Report on sanitation, dispensaries, and jails in Rajputana for 1912, and on vaccination for the year 1912-1913 - 1912-1913
Year: 1912
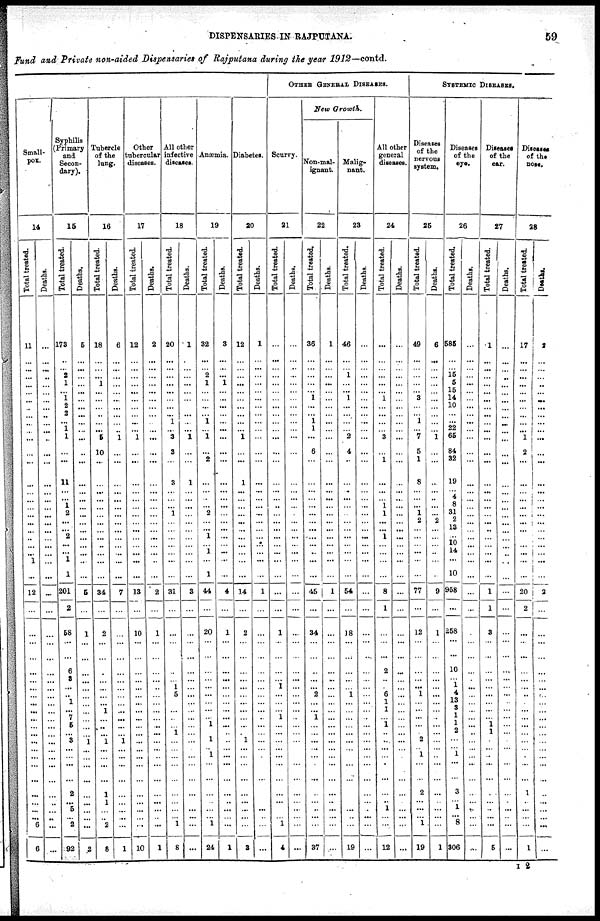
DISPENSARIES IN RAJPUTANA.
59
Fund and Private non-aided Dispensaries of Rajputana during the year 1912—contd.
Small-
pox.
14
Total treated.
11
...
...
...
...
...
...
...
...
...
...
...
...
...
...
...
...
...
...
...
...
..
...
...
1
...
12
...
...
...
...
...
...
...
...
...
...
...
...
...
...
... ...
...
...
...
...
...
...
6
6
Deaths.
...
...
...
..
...
...
...
...
..
...
...
...
...
...
...
...
...
...
...
...
...
...
...
...
...
...
...
...
...
...
...
...
...
...
...
...
...
...
...
...
...
...
...
...
...
...
..
...
...
...
...
Syphilis
(Primary
and
Secon-
dary).
15
Total treated.
178
...
... 2
1
1
...
... 2
...
1
1
...
...
11
...
...
1
2
...
...
2
...
...
1
1
201
2
58
...
...
6
3 ...
...
1
...
7
5
...
3
...
...
...
...
2
...
5
...
2
92
Deaths.
5
...
...
...
...
...
...
...
...
...
...
...
..
...
...
...
...
...
...
...
...
...
...
...
...
...
5
...
1
...
...
...
...
...
...
...
...
...
...
...
1
...
...
...
...
...
...
...
...
...
2
Tubercle
of the
lung.
16
Total treated.
18
...
...
...
1
...
...
...
...
...
...
5
10
...
...
...
...
...
...
...
...
...
..
...
...
...
34
...
2
...
...
...
... ...
...
...
1
...
...
...
1
...
...
...
...
1
1
...
...
2
8
Deaths.
6
...
...
...
...
...
..
...
...
...
..
1
...
...
...
...
...
...
...
...
...
...
...
...
...
...
7
...
...
...
...
...
...
...
...
...
...
...
...
...
1
...
...
...
...
...
...
...
...
...
1
Other
tubercular
diseases.
17
Total treated.
12
...
...
...
...
...
...
...
...
...
...
1
...
...
...
...
...
...
...
...
...
...
...
...
...
...
13
...
10
...
...
...
...
...
...
...
...
...
...
...
...
...
...
...
...
...
...
...
...
...
10
Deaths.
2
...
...
...
...
...
...
...
...
...
...
...
...
...
...
...
...
...
...
...
...
...
...
...
...
...
2
...
1
...
...
...
...
...
...
...
...
...
...
...
...
... ...
...
...
...
...
...
...
...
1
All other
infective
diseases.
18
Total treated.
20
...
...
...
...
...
...
...
...
1
..
3
3
...
3
...
...
...
1
...
...
...
...
...
...
...
31
...
...
...
...
...
... 1
5
...
...
...
...
1
...
... ...
...
...
...
...
...
...
1
8
Deaths.
1
...
...
...
...
...
...
...
...
...
...
1
...
...
1
...
...
...
...
...
...
...
...
...
...
...
3
...
...
...
...
...
...
...
...
...
...
...
...
...
...
... ...
...
...
...
...
...
...
...
...
Anæmia.
19
Total
treated.
32
...
... 2
1
...
...
...
... 1
...
1
...
2
...
...
...
...
2
...
...
1
...
1
...
1
44
...
20
...
...
...
...
...
...
...
...
...
1
... 1
... 1
...
...
...
...
...
...
...
24
Deaths.
3
...
...
...
1
...
...
...
...
...
...
...
...
...
...
...
...
...
...
...
...
...
...
...
...
...
4
...
1
...
...
...
...
...
...
...
...
...
...
...
...
... ...
...
...
...
..
...
...
...
1
Diabetes.
20
Total treated.
12
...
...
...
...
...
...
...
...
...
...
1
...
...
1
...
...
...
...
...
...
...
...
...
...
...
14
...
2
...
...
...
... ...
...
...
...
...
...
... 1
... ...
...
...
...
...
...
...
...
3
Deaths.
1
...
...
...
...
...
...
...
...
...
...
...
...
...
...
...
...
...
...
...
...
...
...
...
...
...
1
...
...
...
...
...
...
...
...
...
...
...
...
...
...
... ...
...
...
...
...
...
...
...
...
OTHER GENERAL DISEASES.
Scurvy.
21
Total treated.
...
...
...
...
...
...
...
...
...
...
...
...
...
...
...
...
...
..
...
...
...
...
...
...
...
...
...
...
1
...
...
...
... 1
...
...
... 1
...
...
...
... ...
...
...
...
...
...
...
1
4
Deaths.
...
...
...
...
...
...
...
...
...
...
...
...
...
...
...
...
...
...
...
...
...
...
...
...
...
...
...
...
...
...
...
...
...
...
...
...
...
...
...
...
...
... ...
...
...
...
...
...
...
...
...
New Growth.
Non-mal-
ignant
22
Total treated.
36
...
...
...
...
...
1
...
... 1
1
...
6
...
...
...
...
...
...
...
...
...
...
...
...
...
45
...
34
...
...
...
...
...
2
...
... 1
...
...
...
...
...
...
...
...
...
..
...
...
37
Deaths.
1
...
...
...
...
...
...
...
...
...
...
...
...
...
...
...
...
...
...
...
...
...
...
...
...
...
1
...
...
...
...
...
...
...
...
...
...
...
...
...
...
... ...
...
...
...
...
...
...
...
...
Malig-
nant.
23
Total treated.
46
...
...
1
...
...
1
...
...
...
...
2
4
..
...
...
...
...
...
...
...
...
...
...
...
...
54
...
18
...
...
...
...
...
1
...
...
...
...
...
...
... ...
...
...
...
...
...
...
...
19
Deaths.
...
...
...
...
...
...
...
...
...
...
...
...
...
...
...
...
...
...
...
...
...
...
...
...
...
...
...
...
...
...
...
...
... ...
...
...
...
...
...
...
...
...
...
...
...
...
...
...
...
...
...
All other
general
diseases.
24
Total treated.
...
...
...
...
...
...
1
...
...
...
...
3
...
1
...
...
...
1
1
...
...
1
...
...
...
...
8
1
...
...
...
2
...
...
6
1
1
...
1
...
..
...
...
.
...
...
..
1
...
...
12
Deaths.
...
...
...
...
...
...
...
...
...
...
...
...
...
...
...
...
...
...
...
...
...
...
...
...
...
...
...
...
...
...
...
...
...
...
...
...
...
...
...
...
...
... ...
...
...
...
...
...
...
...
...
SYSTEMIC DISEASES.
Diseases
of the
nervous
system.
25
Total treated.
49
...
...
...
...
...
3
...
... 1
...
7
5
1
8
...
...
...
1
2
...
...
...
...
...
...
77
...
12
...
...
...
...
...
1
...
...
...
...
...
2
... 1
...
...
2
...
...
...
1
19
Deaths.
6
...
...
...
...
...
...
...
...
...
...
1
...
...
...
...
...
...
...
2
...
...
...
...
...
...
9
...
1
...
...
...
...
...
...
...
...
...
...
...
...
... ...
...
...
...
...
...
...
...
1
Diseases
of the
eye.
26
Total treated.
585
...
...
15
5
15
14
10
...
...
22
65
84
32
19
...
4
8
31
2
13
...
10
14
...
10
958
...
258
...
...
10
... 1
4
13
3
1
1
2
...
... 1
...
...
3
...
1
...
8
306
Deaths.
...
...
...
...
...
...
...
...
...
...
...
...
...
...
...
...
...
...
...
...
...
...
...
...
...
...
...
...
...
...
...
...
...
...
...
...
...
...
...
...
...
... ...
...
...
...
...
...
...
...
...
Diseases
of the
ear.
27
Total treated.
1
...
...
...
...
...
...
...
...
...
...
...
...
...
...
...
...
...
...
...
...
...
...
...
...
...
1
1
3
...
...
...
...
...
...
...
...
...
1
1
...
... ...
...
...
...
...
...
...
...
5
Deaths.
...
...
...
...
..
...
...
...
...
...
...
...
...
...
...
...
...
...
...
...
...
...
...
...
...
...
...
...
...
...
...
...
...
...
...
...
...
...
...
...
...
... ...
..
...
...
...
...
...
...
...
Diseases
of the
nose.
28
Total treated.
17
...
...
...
...
...
...
...
...
...
...
1
2
...
...
...
...
...
...
...
...
...
...
...
...
...
20
2
...
...
...
...
...
...
...
...
...
...
...
...
...
... ...
...
...
1
...
...
...
1
Deaths.
2
... ...
...
...
...
...
...
...
...
...
...
...
...
...
...
...
...
...
...
...
...
...
...
...
...
2
...
...
...
...
...
...
...
...
...
...
...
...
...
...
... ...
...
...
...
...
...
...
...
...
I 2